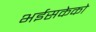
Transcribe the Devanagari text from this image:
भईसकेको